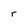
Character: r